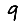
Digit: 9